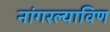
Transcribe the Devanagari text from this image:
नांगरल्याविण